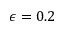
\epsilon = 0 . 2